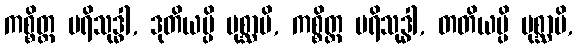
ကစ္စိတ္ထ ပရိသုဒ္ဓါ, ဒုတိယမ္ပိ ပုစ္ဆာမိ, ကစ္စိတ္ထ ပရိသုဒ္ဓါ, တတိယမ္ပိ ပုစ္ဆာမိ,